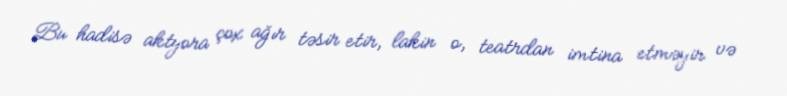
Bu hadisə aktyora çox ağır təsir etir, lakin o, teatrdan imtina etməyir və